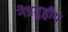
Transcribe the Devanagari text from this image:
नेत्रगुहीय